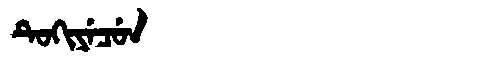
Manchu: ᡨᡠᡴᡳᠶᡝᠴᡠᠨ
Romanization: TUKIYECUN